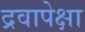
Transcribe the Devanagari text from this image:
द्रवापेक्षा